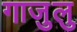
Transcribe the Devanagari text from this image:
गाजुलु